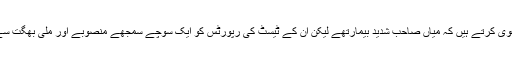
بعض حلقے یہ بھی دعویٰ کرتے ہیں کہ میاں صاحب شدید بیمارتھے لیکن ان کے ٹیسٹ کی رپورٹس کو ایک سوچے سمجھے منصوبے اور ملی بھگت سے آگے پیچھے کیا گیا۔